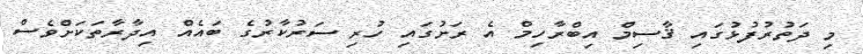
މި ދަތުރުފުޅުގައި ޤާސިމް އިބްރާހިމް އެ ރަށުގައި ހުރި ސަރުކާރުގެ ބައެއް އިދާރާތަކަށްވެސް